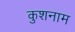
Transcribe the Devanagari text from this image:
कुशनाम